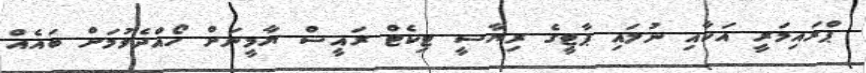
ޕްރައިމަރީ އަކާއި ނުލައި ޕާޓީގެ ރިޔާސީ ޓިކެޓް ރައީސް ޔާމީނަށް ހޯއްދެވުމަށް ބައެއް